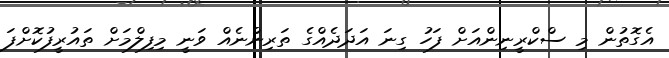
އެގޮތުން މި ސްކްރީނިންއަށް ފަހު ގިނަ އަދަދެއްގެ ތަރިންނެއް ވަނީ މިފިލްމަށް ތައުރީފުކޮށްފަ